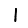
Digit: 1